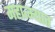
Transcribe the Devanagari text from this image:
महात्म्यात